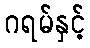
ဂရမ်နှင့်